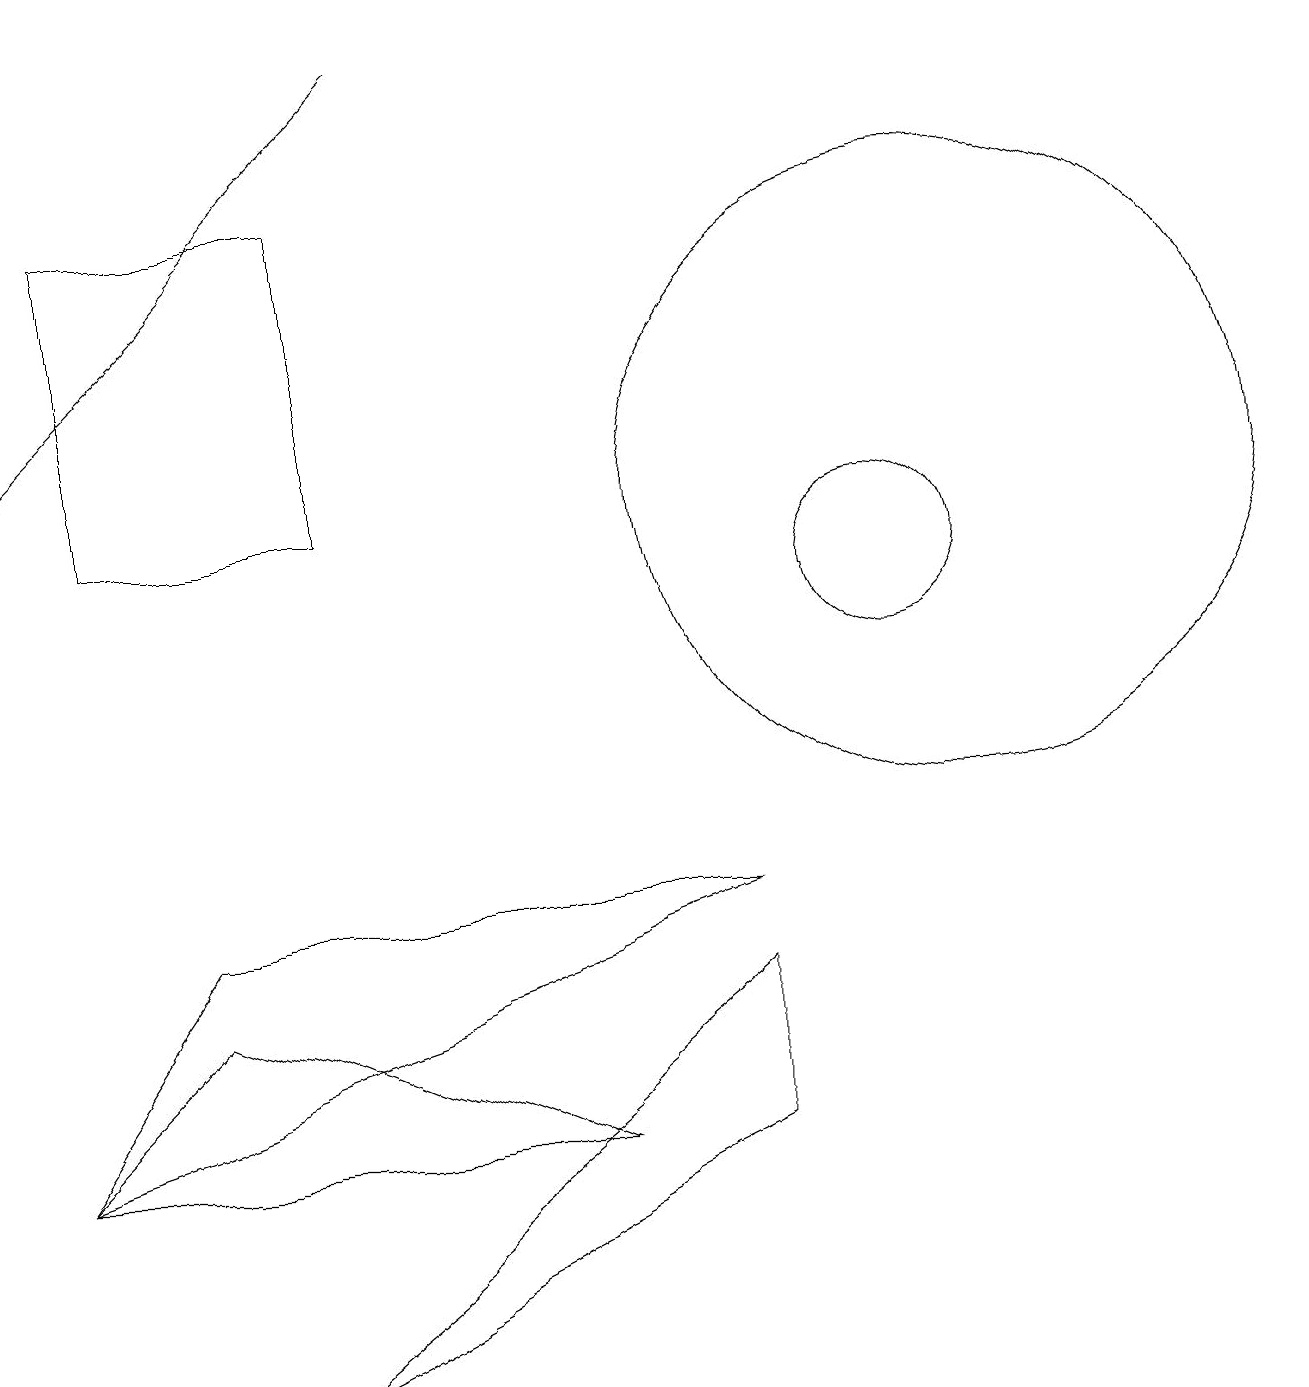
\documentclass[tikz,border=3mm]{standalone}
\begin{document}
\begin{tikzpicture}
\draw (9,6) -- (2,6) -- (0,3) -- cycle;
\draw (9,3) -- (3,0) -- (9,5) -- cycle;
\draw (11,10) circle (1);
\draw[->] (5,17) -- (0,12);
\draw (12,11) circle (4);
\draw (4,15) rectangle (1,11);
\draw (0,3) -- (7,3) -- (2,5) -- cycle;
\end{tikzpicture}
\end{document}